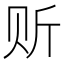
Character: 𲂼